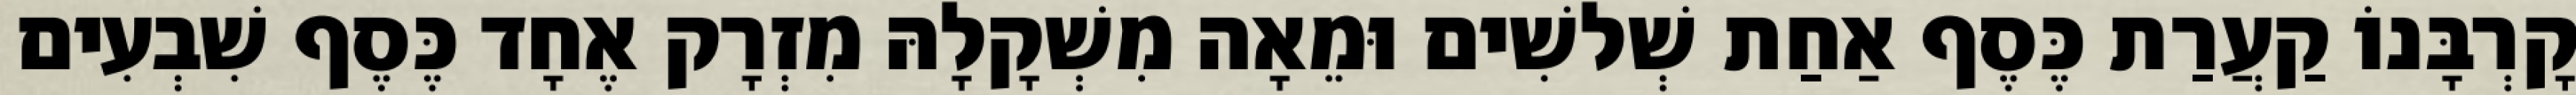
קָרְבָּנוֹ קַעֲרַת כֶּסֶף אַחַת שְׁלשִׁים וּמֵאָה מִשְׁקָלָהּ מִזְרָק אֶחָד כֶּסֶף שִׁבְעִים